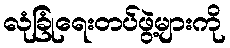
လုံခြုံရေးတပ်ဖွဲ့များကို